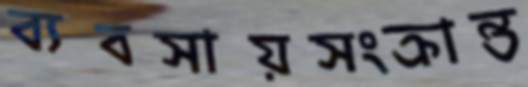
ব্যবসায়সংক্রান্ত